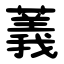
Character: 䕏